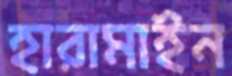
হারামাইন